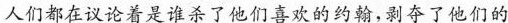
人们都在议论着是谁杀了他们喜欢的约翰，剥夺了他们的